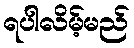
ရပါလိမ့်မည်